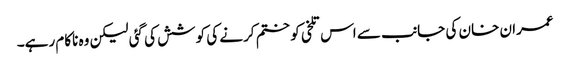
عمران خان کی جانب سے اس تلخی کو ختم کرنے کی کوشش کی گئی لیکن وہ ناکام رہے۔